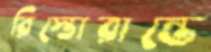
রিস্তোরান্তে